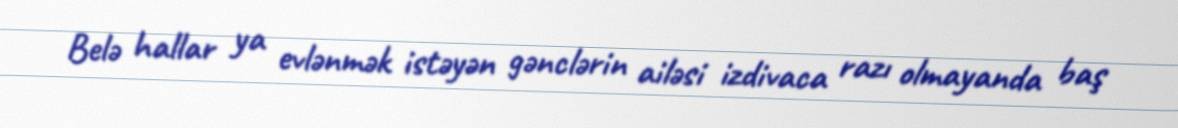
Belə hallar ya evlənmək istəyən gənclərin ailəsi izdivaca razı olmayanda baş